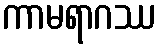
ကာမရာဂဿ